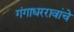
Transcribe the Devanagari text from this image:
गंगाधररावांचे